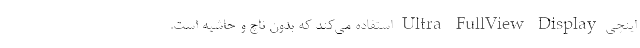
اینچی Ultra FullView Display استفاده می‌کند که بدون ناچ و حاشیه است.